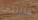
قتلتني